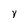
Character: Y